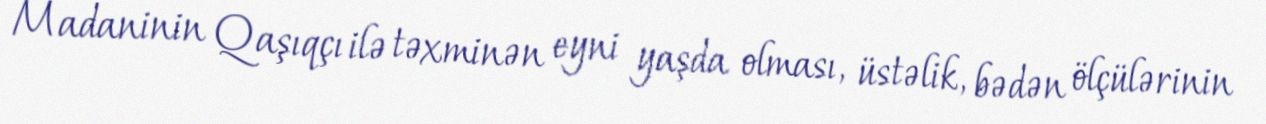
Madaninin Qaşıqçı ilə təxminən eyni yaşda olması, üstəlik, bədən ölçülərinin